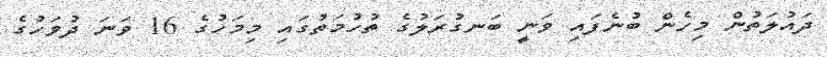
ދައުލަތުން މިހެން ބުނެފައި ވަނީ ބަނގުރަލުގެ ތުހުމަތުގައި މިމަހުގެ 16 ވަނަ ދުވަހުގެ